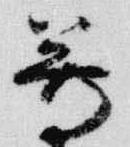
尊